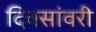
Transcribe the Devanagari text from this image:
दिवसांवरी